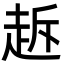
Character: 䞣